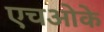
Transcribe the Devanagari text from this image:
एचओके